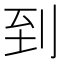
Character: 到